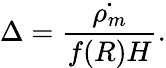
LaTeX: \Delta=\frac{\dot{\rho_{m}}}{f(R)H}.